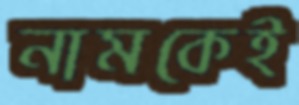
নামকেই